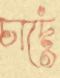
চাদেঁ